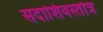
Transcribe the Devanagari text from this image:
सदाशिवस्तोत्र